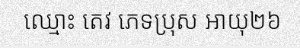
ឈ្មោះ តេវ ភេទប្រុស អាយុ២៦